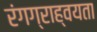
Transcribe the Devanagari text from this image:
रंगग्राह्वयता